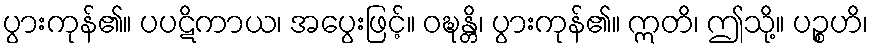
ပွားကုန်၏။ ပပဋိကာယ၊ အပွေးဖြင့်။ ဝဍ္ဎန္တိ၊ ပွားကုန်၏။ ဣတိ၊ ဤသို့။ ပဉ္စဟိ၊